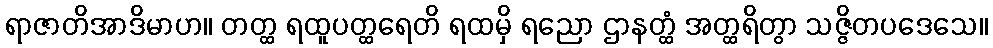
ရာဇာတိအာဒိမာဟ။ တတ္ထ ရထူပတ္ထရေတိ ရထမှိ ရညော ဌာနတ္ထံ အတ္ထရိတွာ သဇ္ဇိတပဒေသေ။